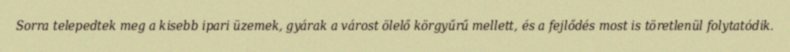
Sorra telepedtek meg a kisebb ipari üzemek, gyárak a várost ölelő körgyűrű mellett, és a fejlődés most is töretlenül folytatódik.